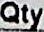
QTY